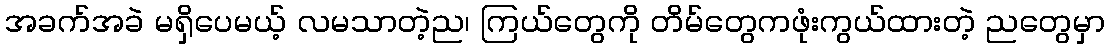
အခက်အခဲ မရှိပေမယ့် လမသာတဲ့ည၊ ကြယ်တွေကို တိမ်တွေကဖုံးကွယ်ထားတဲ့ ညတွေမှာ